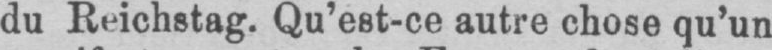
du Reichstag. Qu’est-ce autre chose qu’un